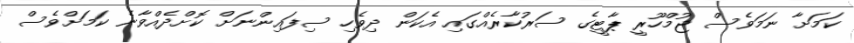
ކަމަށާ ނަމަވެސް ޖުމްހޫރީ ޕާޓީގެ ސަރުކާރެއްގައި އެކަން ދިވެހި ސިފައިންނަށް ކޮށްދެއްވާނެ ކަމަށްވެސް